Vaccination report Assam 1896-1927 - 1896-1927
Year: 1896
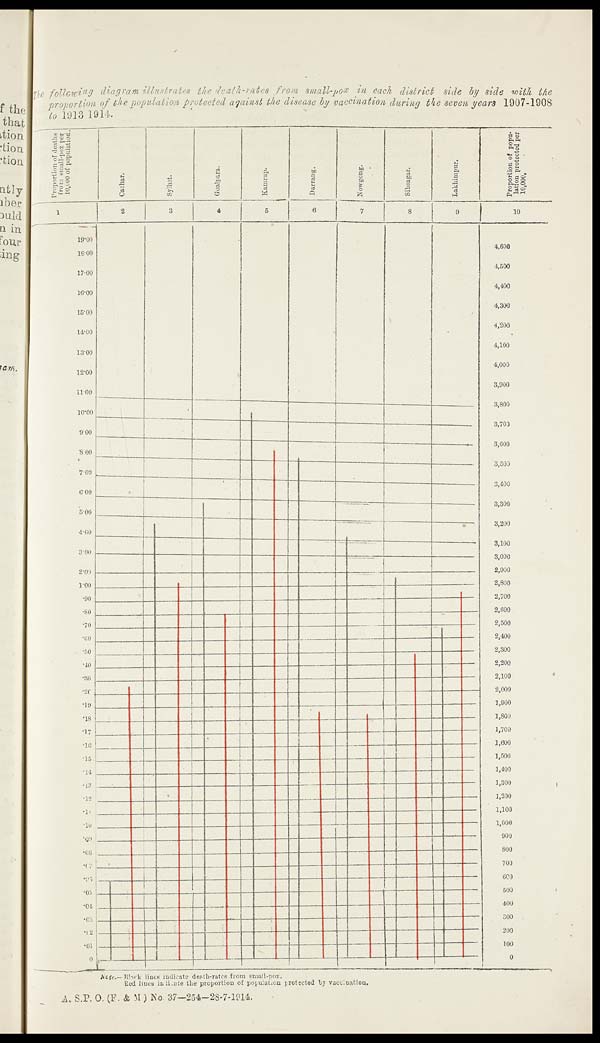
The following diagram illustrates the death-rates from small-pox in each district side by side with the
proportion of the population protected against the disease by vaccination during the seven years 1907-1908
to 1913-1914.
Note.— Black lines indicate death-rates from small-pox.
Red lines indicate the proportion of population protected by vaccination.
A. S.P. O. (F. & M.) No. 37—254 —28-7-1914.